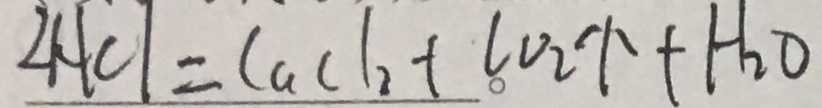
\angle A C l = C a C l _ { 2 } + C O _ { 2 } \uparrow + H _ { 2 } O